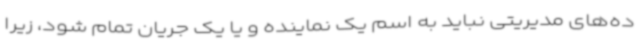
ده‌های مدیریتی نباید به اسم یک نماینده و یا یک جریان تمام شود، زیرا